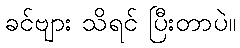
ခင်ဗျား သိရင် ပြီးတာပဲ။